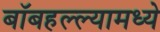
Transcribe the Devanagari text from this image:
बॉबहल्ल्यामध्ये